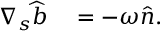
\begin{array} { r l } { \nabla _ { s } \widehat { b } } & { { } = - \omega \widehat { n } . } \end{array}